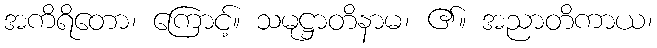
အကိရိတော၊ ကြောင့်။ သမုဋ္ဌာတိနာမ၊ ၏။ အညာတိကာယ၊